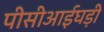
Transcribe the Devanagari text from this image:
पीसीआईघड़ी